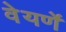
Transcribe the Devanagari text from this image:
वेयर्णे